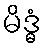
မိဒ္ဓံ